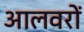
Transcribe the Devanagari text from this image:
आलवरों